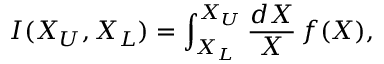
I ( X _ { U } , X _ { L } ) = \int _ { X _ { L } } ^ { X _ { U } } \frac { d X } { X } \, f ( X ) ,